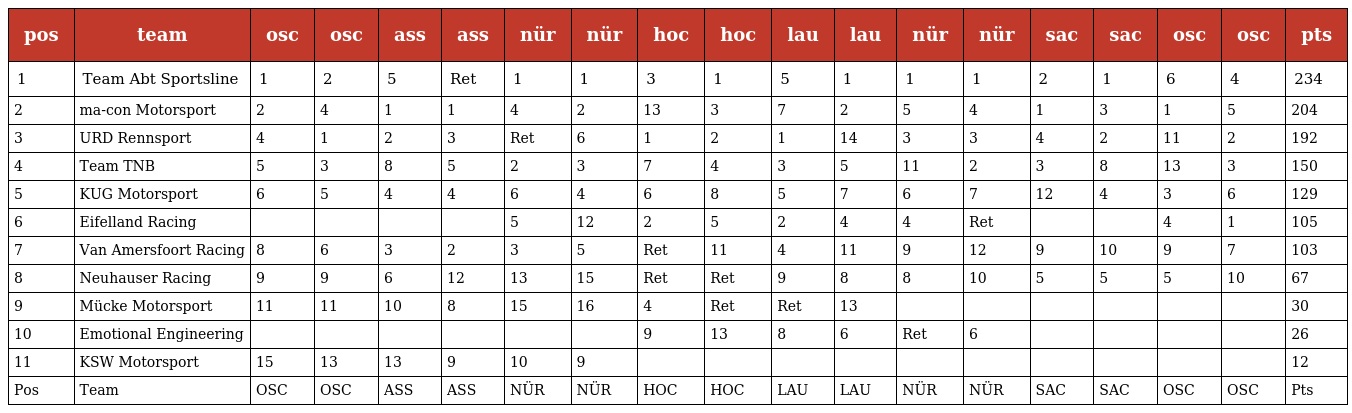
| pos | team | osc | osc | ass | ass | nür | nür | hoc | hoc | lau | lau | nür | nür | sac | sac | osc | osc | pts |
 | --- | --- | --- | --- | --- | --- | --- | --- | --- | --- | --- | --- | --- | --- | --- | --- | --- | --- | --- |
 | 1 | Team Abt Sportsline | 1 | 2 | 5 | Ret | 1 | 1 | 3 | 1 | 5 | 1 | 1 | 1 | 2 | 1 | 6 | 4 | 234 |
 | 2 | ma-con Motorsport | 2 | 4 | 1 | 1 | 4 | 2 | 13 | 3 | 7 | 2 | 5 | 4 | 1 | 3 | 1 | 5 | 204 |
 | 3 | URD Rennsport | 4 | 1 | 2 | 3 | Ret | 6 | 1 | 2 | 1 | 14 | 3 | 3 | 4 | 2 | 11 | 2 | 192 |
 | 4 | Team TNB | 5 | 3 | 8 | 5 | 2 | 3 | 7 | 4 | 3 | 5 | 11 | 2 | 3 | 8 | 13 | 3 | 150 |
 | 5 | KUG Motorsport | 6 | 5 | 4 | 4 | 6 | 4 | 6 | 8 | 5 | 7 | 6 | 7 | 12 | 4 | 3 | 6 | 129 |
 | 6 | Eifelland Racing |  |  |  |  | 5 | 12 | 2 | 5 | 2 | 4 | 4 | Ret |  |  | 4 | 1 | 105 |
 | 7 | Van Amersfoort Racing | 8 | 6 | 3 | 2 | 3 | 5 | Ret | 11 | 4 | 11 | 9 | 12 | 9 | 10 | 9 | 7 | 103 |
 | 8 | Neuhauser Racing | 9 | 9 | 6 | 12 | 13 | 15 | Ret | Ret | 9 | 8 | 8 | 10 | 5 | 5 | 5 | 10 | 67 |
 | 9 | Mücke Motorsport | 11 | 11 | 10 | 8 | 15 | 16 | 4 | Ret | Ret | 13 |  |  |  |  |  |  | 30 |
 | 10 | Emotional Engineering |  |  |  |  |  |  | 9 | 13 | 8 | 6 | Ret | 6 |  |  |  |  | 26 |
 | 11 | KSW Motorsport | 15 | 13 | 13 | 9 | 10 | 9 |  |  |  |  |  |  |  |  |  |  | 12 |
 | Pos | Team | OSC | OSC | ASS | ASS | NÜR | NÜR | HOC | HOC | LAU | LAU | NÜR | NÜR | SAC | SAC | OSC | OSC | Pts |